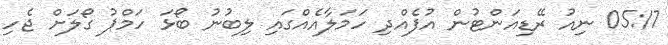
05:17 ނިއު ރޭޑިއަންޓުން އުފެއްދި ހަމަލާއެއްގައި ލިބުނު ބޯޅަ ހަމްޕު ގޯލަށް ޖެހި